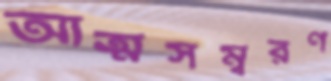
আত্মসম্বরণ